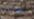
الجدران